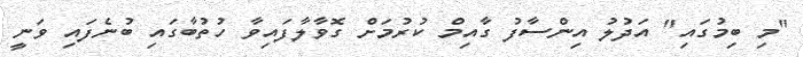
"މިި ބިމުގައި" އަދުލު އިންސާފު ގާއިމް ކުރުމަށް ގޮވާލާފައިވާ ހުތުބާގައި ބުނެފައި ވަނީ